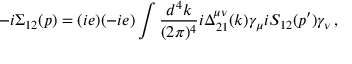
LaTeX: - i \Sigma _ { 1 2 } ( p ) = ( i e ) ( - i e ) \int { \frac { d ^ { 4 } k } { ( 2 \pi ) ^ { 4 } } i \Delta _ { 2 1 } ^ { \mu \nu } ( k ) \gamma _ { \mu } i S _ { 1 2 } ( p ^ { \prime } ) \gamma _ { \nu } \, , }